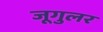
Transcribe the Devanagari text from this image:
जूगुलर